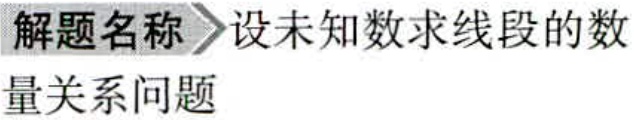
解题名称＞设未知数求线段的数

量关系问题